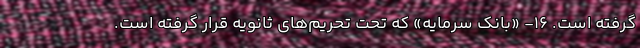
گرفته است. 16- «بانک سرمایه» که تحت تحریم‌های ثانویه قرار گرفته است.